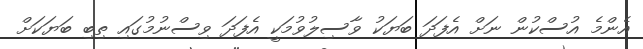
އެންމެ އުސްކުން ނަށް އެފަދަ ބަޔަކު ވާސިލުވުމަކީ އެފަދަ ވިސްނުމުގައި ތިބި ބަޔަކަށް